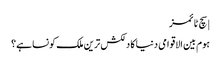
| سچ ٹائمز
ہوم بین الاقوامی دنیا کا دلکش ترین ملک کونسا ہے؟